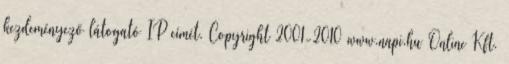
kezdeményező látogató IP címét. Copyright 2001-2010 www.napi.hu Online Kft.